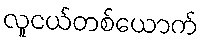
လူငယ်တစ်ယောက်